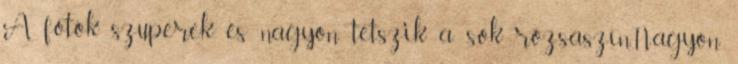
A fotók szuperek és nagyon tetszik a sok rózsaszín.Nagyon